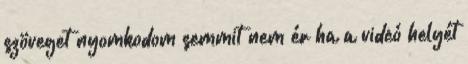
szöveget nyomkodom semmit nem ér ha a videó helyét